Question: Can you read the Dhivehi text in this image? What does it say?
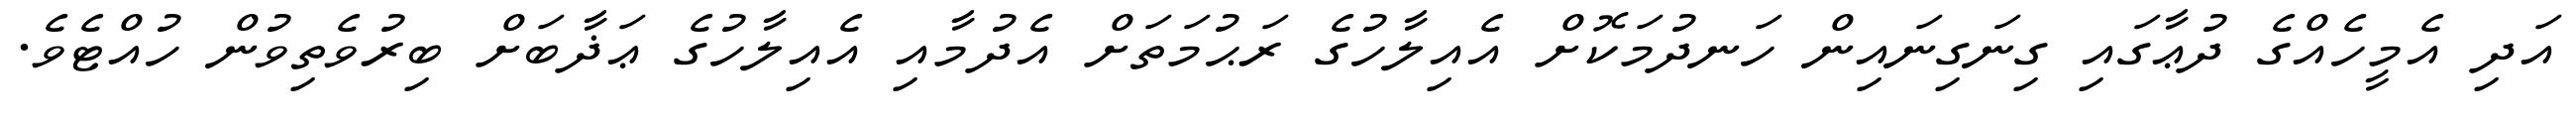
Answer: އަދި އެމީހެއްގެ ދުޢާގައި ގިނަގިނައިން ހަނދުމަކޮށް އެއިލާހުގެ ރަޙުމަތަށް އެދުމާއި އެއިލާހުގެ ޢަޛާބަށް ބިރުވެތިވުން ހުއްޓެވެ.